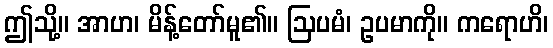
ဤသို့။ အာဟ၊ မိန့်တော်မူ၏။ ဩပမံ၊ ဥပမာကို။ ကရောဟိ၊